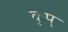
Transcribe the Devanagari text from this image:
कुप्